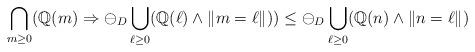
LaTeX: \begin{align*}\bigcap_{m\geq 0} (\mathbb{Q}(m) \Rightarrow \ominus_D \bigcup_{\ell\geq 0} (\mathbb{Q}(\ell) \wedge \|m=\ell\|)) \leq \ominus_D \bigcup_{\ell\geq 0} (\mathbb{Q}(n) \wedge \|n=\ell\|)\end{align*}